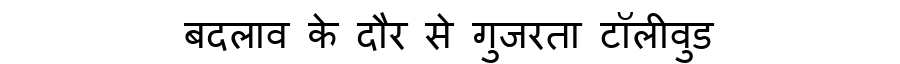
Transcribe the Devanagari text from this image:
बदलाव के दौर से गुजरता टॉलीवुड